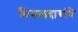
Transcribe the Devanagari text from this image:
मिसलदारांचे